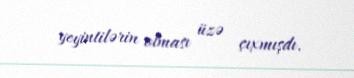
yeyintilərin olması üzə çıxmışdı.